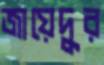
জায়েদুর